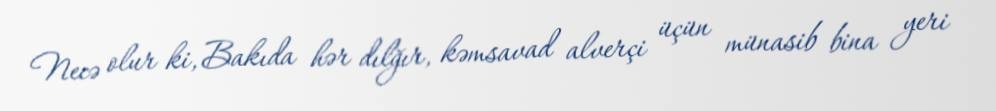
Necə olur ki, Bakıda hər dılğır, kəmsavad alverçi üçün münasib bina yeri